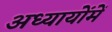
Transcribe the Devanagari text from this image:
अध्यायोंमें